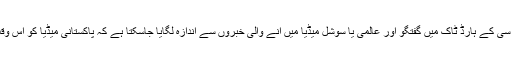
آل پاکستان نیوز پیپرز سوسائٹی کے صدر حمید ہارون کی بی بی سی کے ہارڈ ٹاک میں گفتگو اور عالمی یا سوشل میڈیا میں آنے والی خبروں سے اندازہ لگایا جاسکتا ہے کہ پاکستانی میڈیا کو اس وقت کس طرح ایک خاص سمت میں چلانے کی کوشش ہورہی ہے۔